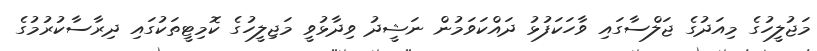
މަޖުލީހުގެ މިއަދުގެ ޖަލްސާގައި ވާހަކަފުޅު ދައްކަވަމުން ނަޝީދު ވިދާޅުވީ މަޖިލީހުގެ ކޮމިޓީތަކުގައި ދިރާސާކުރުމުގެ